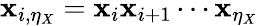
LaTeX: \mathbf{x}_{i,\eta_{X}}=\mathbf{x}_{i}\mathbf{x}_{i+1}\cdots\mathbf{x}_{\eta_{X}}